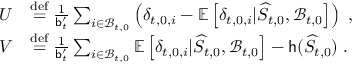
\begin{array} { r l } { U } & { \ensuremath { \stackrel { \mathrm { d e f } } { = } } \frac { 1 } { \mathsf { b } _ { t } ^ { \prime } } \sum _ { i \in \mathcal { B } _ { t , 0 } } \left( \delta _ { t , 0 , i } - \mathbb { E } \left[ \delta _ { t , 0 , i } \vert \widehat { S } _ { t , 0 } , \mathcal { B } _ { t , 0 } \right] \right) \; , } \\ { V } & { \ensuremath { \stackrel { \mathrm { d e f } } { = } } \frac { 1 } { \mathsf { b } _ { t } ^ { \prime } } \sum _ { i \in \mathcal { B } _ { t , 0 } } \mathbb { E } \left[ \delta _ { t , 0 , i } \vert \widehat { S } _ { t , 0 } , \mathcal { B } _ { t , 0 } \right] - \mathsf { h } ( \widehat { S } _ { t , 0 } ) \; . } \end{array}